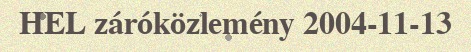
HEL záróközlemény 2004-11-13